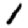
Digit: 1